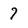
Character: 7